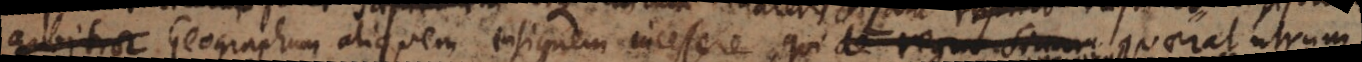
rbitror Geographum aliquem insignem incessere, qui de regno Sin quaerat utrum